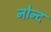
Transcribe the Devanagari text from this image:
नोन्द